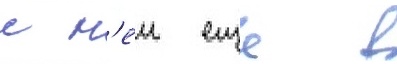
с н'еи еще в